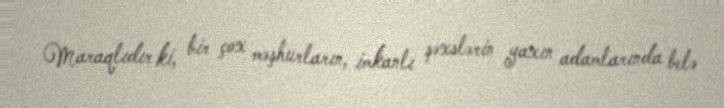
Maraqlıdır ki, bir çox məşhurların, imkanlı şəxslərin yaxın adamlarında belə